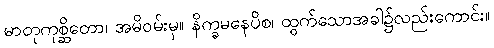
မာတုကုစ္ဆိတော၊ အမိဝမ်းမှ။ နိက္ခမနေပိစ၊ ထွက်သောအခါ၌လည်းကောင်း။